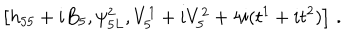
\left[ h _ { 5 5 } + i B _ { 5 } , \psi _ { 5 L } ^ { 2 } , V _ { 5 } ^ { 1 } + i V _ { 5 } ^ { 2 } + 4 i ( t ^ { 1 } + i t ^ { 2 } ) \right] \, .